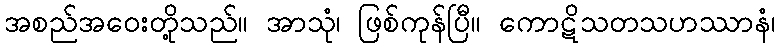
အစည်အဝေးတို့သည်။ အာသုံ၊ ဖြစ်ကုန်ပြီ။ ကောဋိသတသဟဿာနံ၊